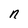
Character: n